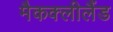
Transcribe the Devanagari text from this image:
मैकक्लीलैंड